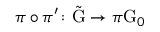
\pi \circ \pi ^ { \prime } \colon \tilde { \mathrm { G } } \rightarrow \pi \mathrm { G } _ { 0 }